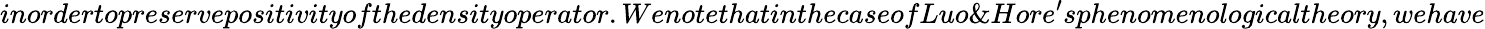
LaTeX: inordertopreservepositivityofthedensityoperator.WenotethatinthecaseofLuo\& Hore^{\prime}sphenomenologicaltheory,wehave